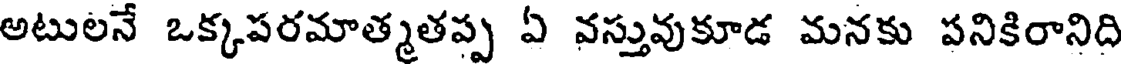
అటులనే ఒక్కపరమాత్మతప్ప ఏ వస్తువుకూడ మనకు పనికిరానిది